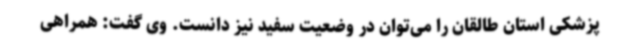
پزشکی استان طالقان را می‌توان در وضعیت سفید نیز دانست. وی گفت: همراهی